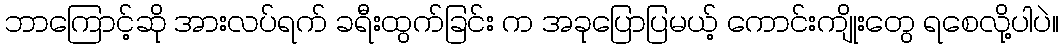
ဘာကြောင့်ဆို အားလပ်ရက် ခရီးထွက်ခြင်း က အခုပြောပြမယ့် ကောင်းကျိုးတွေ ရစေလို့ပါပဲ။